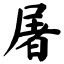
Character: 屠